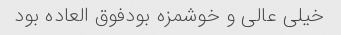
خیلی عالی و‌ خوشمزه بودفوق العاده بود